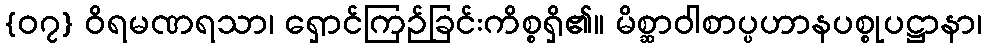
{၀၇} ဝိရမဏရသာ၊ ရှောင်ကြဉ်ခြင်းကိစ္စရှိ၏။ မိစ္ဆာဝါစာပ္ပဟာနပစ္စုပဋ္ဌာနာ၊